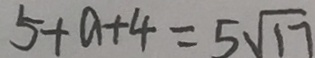
5 + a + 4 = 5 \sqrt { 1 7 }